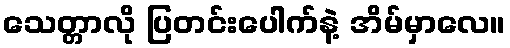
သေတ္တာလို ပြတင်းပေါက်နဲ့ အိမ်မှာလေ။